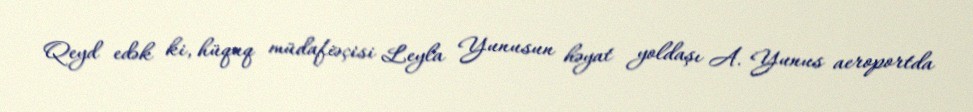
Qeyd edək ki, hüquq müdafiəçisi Leyla Yunusun həyat yoldaşı A. Yunus aeroportda